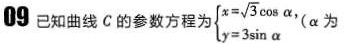
09已知曲线℃的参数方程为{ $$\begin{cases} x= \sqrt{3} \cos \alpha , \\\\ y=3 \sin \alpha \end{cases}$$ α为